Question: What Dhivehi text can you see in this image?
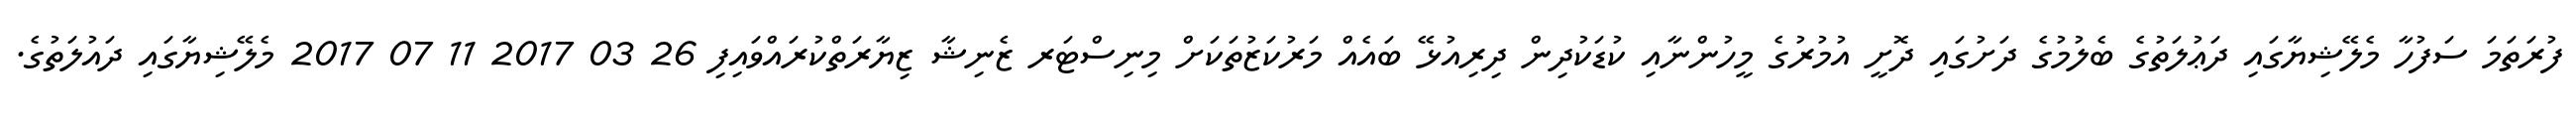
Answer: ފުރަތަމަ ސަފުހާ މެލޭޝިޔާގައި ދަޢުލަތުގެ ބެލުމުގެ ދަށުގައި ދޮށީ އުމުރުގެ މީހުންނާއި ކުޑަކުދިން ދިރިއުޅޭ ބައެއް މަރުކަޒުތަކަށް މިނިސްޓަރ ޒެނިޝާ ޒިޔާރަތްކުރައްވައިފި 26 03 2017 11 07 2017 މެލޭޝިޔާގައި ދައުލަތުގެ.